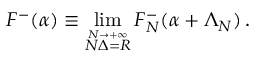
F ^ { - } ( \alpha ) \equiv \operatorname * { l i m } _ { \stackrel { N \rightarrow + \infty } { N \Delta = R } } F _ { N } ^ { - } ( \alpha + \Lambda _ { N } ) \, .